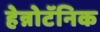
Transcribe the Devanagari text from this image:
हेन्नोटॅनिक